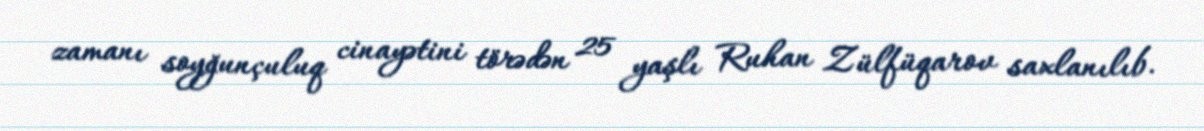
zamanı soyğunçuluq cinayətini törədən 25 yaşlı Ruhan Zülfüqarov saxlanılıb.